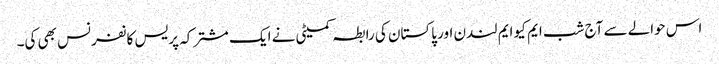
اس حوالے سے آج شب ایم کیو ایم لندن اور پاکستان کی رابطہ کمیٹی نے ایک مشترکہ پریس کانفرنس بھی کی۔